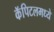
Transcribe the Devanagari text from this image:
कॅपिटलमध्ये